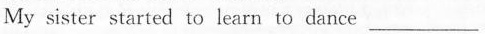
My sister started to learn to dance ___